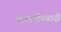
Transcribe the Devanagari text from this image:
काश्‍मीेरवादी